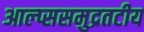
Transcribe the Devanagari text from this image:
आल्प्ससमुद्रतटीय